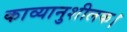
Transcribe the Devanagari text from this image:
काव्यानुशीलक।